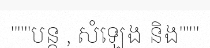
"""បន្ត , សំឡេង និង"""